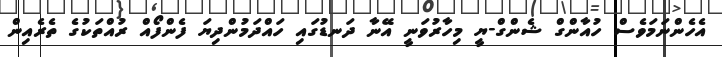
އެހެންނަމަވެސް ހުއާންގް ޝެންގް-ޔީ މިހާރުވަނީ އޭނާ ދަނޑުގައި ހައްދަމުންދިޔަ ފެންފޯއް ރުއްތަކުގެ ތެރެއިން